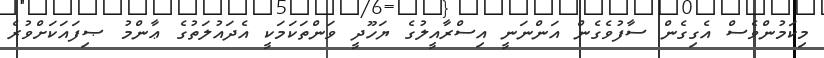
މިކަމުންވެސް އެގިގެން ސާފުވެގެން އަންނަނީ އިސްރާއީލުގެ ޔަހޫދީ ވަންތަކަމަކީ އެދައުލަތުގެ ޢާންމު ޞިފައަކަށްވުރެ